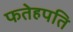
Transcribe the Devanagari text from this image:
फतेहपति